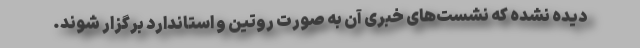
دیده نشده که نشست‌های خبری آن به صورت روتین و استاندارد برگزار شوند.